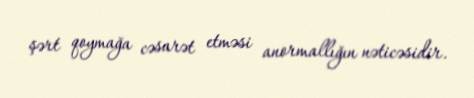
şərt qoymağa cəsarət etməsi anormallığın nəticəsidir.